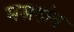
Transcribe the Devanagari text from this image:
मज़गांव